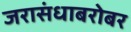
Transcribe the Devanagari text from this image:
जरासंधाबरोबर